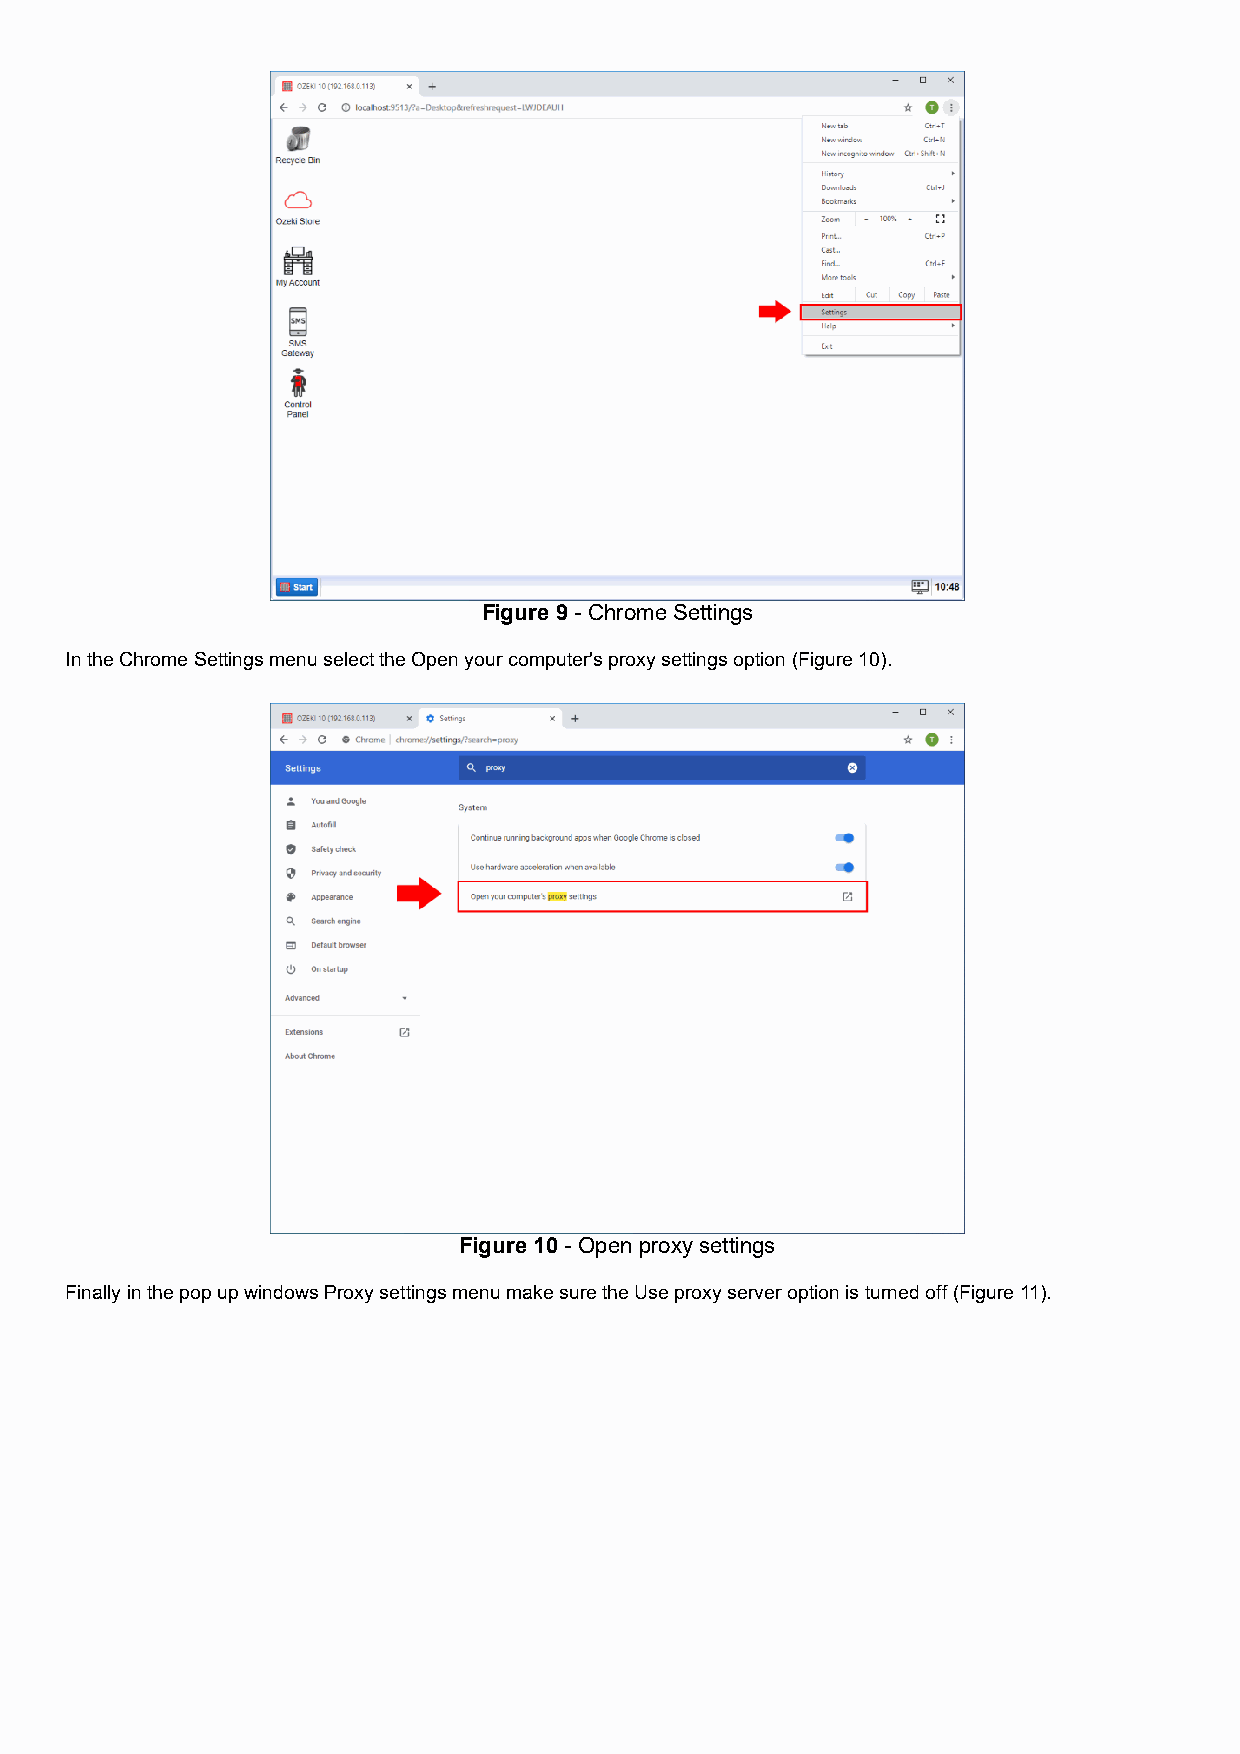
Figure 9 - Chrome Settings
 In the Chrome Settings menu select the Open your computer's proxy settings option (Figure 10).
 Figure 10 - Open proxy settings
 Finally in the pop up windows Proxy settings menu make sure the Use proxy server option is turned off (Figure 11).